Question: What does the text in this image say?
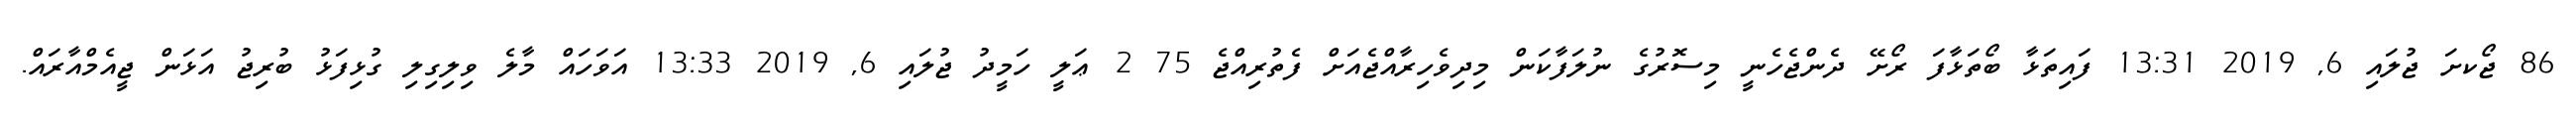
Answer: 86 ޖޯކށަ ޖުލައި 6, 2019 13:31 ފައިތަޅާ ބޯތަޅާފަ ރޯށޭ ދެންޖެހެނީ މިސޮރުގެ ނުލަފާކަން މިދިވެހިރާއްޖެއަށް ފެތުރިއްޖެ 75 2 ޢަލީ ހަމީދު ޖުލައި 6, 2019 13:33 އަވަހައް މާލެ ވިލިގިލި ގުޅިފަޅު ބުރިޖު އަޅަން ޖީއެމްއާރައް.